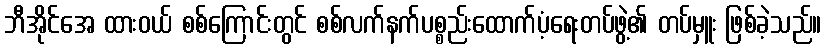
ဘီအိုင်အေ ထားဝယ် စစ်ကြောင်းတွင် စစ်လက်နက်ပစ္စည်းထောက်ပံ့ရေးတပ်ဖွဲ့၏ တပ်မှူး ဖြစ်ခဲ့သည်။